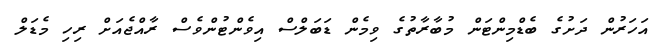
އަހަރުން ދަށުގެ ބެޑްމިންޓަން މުބާރާތުގެ ވިމެން ޑަބަލްސް އިވެންޓުންވެސް ރާއްޖެއަށް ރިހި މެޑަލް